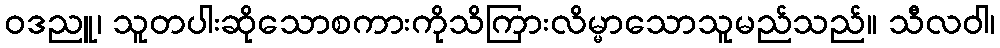
ဝဒညူ၊ သူတပါးဆိုသောစကားကိုသိကြားလိမ္မာသောသူမည်သည်။ သီလဝါ၊